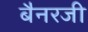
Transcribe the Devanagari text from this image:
बैनरजी